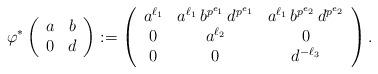
LaTeX: \begin{align*}\varphi^*\left(\begin{array}{c c} a & b \\ 0 & d \end{array}\right) & := \left(\begin{array}{c c c} a^{\ell_1} & a^{\ell_1} \, b^{p^{e_1}} \, d^{p^{e_1}} & a^{\ell_1} \, b^{p^{e_2}} \, d^{p^{e_2}} \\ 0 & a^{\ell_2} & 0 \\ 0 & 0 & d^{- \ell_3} \end{array} \right) . \end{align*}